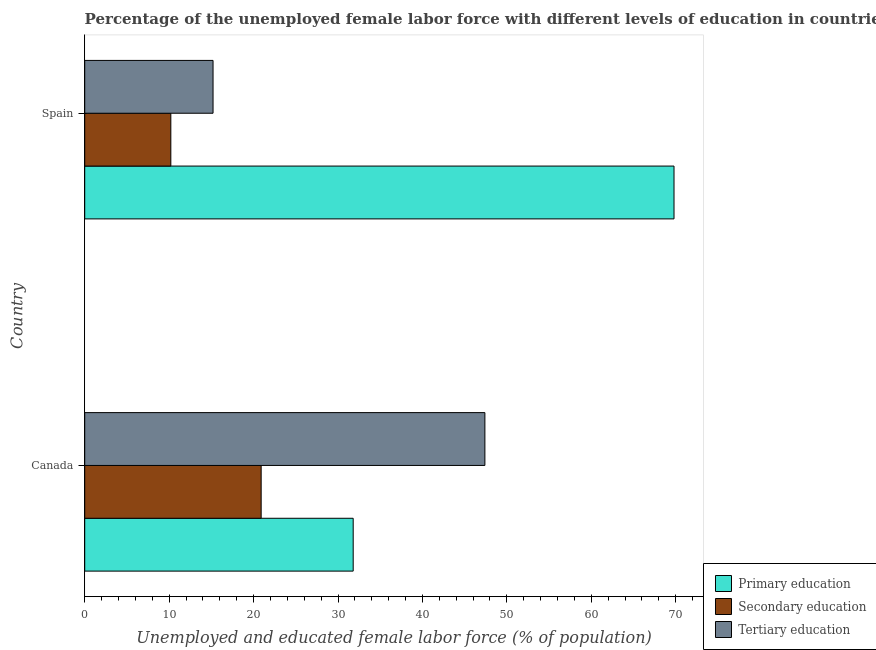
| Country | Primary education | Secondary education | Tertiary education |
 | --- | --- | --- | --- |
 | Canada | 31.8 | 20.9 | 47.4 |
 | Spain | 69.8 | 10.2 | 15.2 |